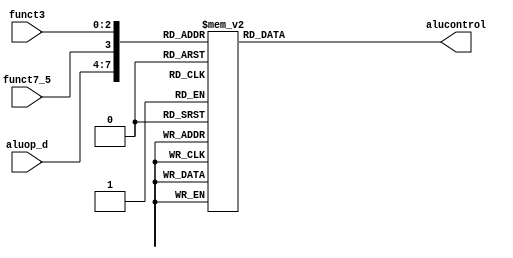
`timescale 1ns / 1ps
//////////////////////////////////////////////////////////////////////////////////
// Company: 
// Engineer: 
// 
// Design Name: 
// Module Name:    ALU_Control 
// Project Name: 
// Target Devices: 
// Tool versions: 
// Description: 
//
// Dependencies: 
//
// Revision: 
// Revision 0.01 - File Created
// Additional Comments: 
//
//////////////////////////////////////////////////////////////////////////////////
module ALU_Control(
	input [3:0] aluop_d, // Opcode resumido
	input funct7_5, // Funct7[5]
	input [2:0] funct3,
	output wire [4:0] alucontrol
	);
	 
	reg [4:0] Y;  // Se crea un registro para guardar el valor de la salida de alucontrol
	assign alucontrol = Y;  // El registro creado se le asigna el valor de alucontrol
	wire [7:0] entradas;  // Se crea nueva variable para concatenar las 3 entradas
	assign entradas[2:0] = funct3;  // Se asignan que bits corresponden a cual entrada
	assign entradas[3] = funct7_5;
	assign entradas[7:4] = aluop_d; 	
	
	always @(entradas)
		begin
			case(entradas)  // Se asigna la salida a cada posible combinacin de las entradas 
				8'b00000010: Y <= 5'b00000; // lw con Funct7[5] = 0 
				8'b00001010: Y <= 5'b00000; // lw con Funct7[5] = 1
				8'b00000100: Y <= 5'b00000; // lbu con Funct7[5] = 0
				8'b00001100: Y <= 5'b00000; // lbu con Funct7[5] = 1
				8'b00100000: Y <= 5'b00000; // addi, li y nop con Funct7[5] = 0 
				8'b00101000: Y <= 5'b00000; // addi, li y nop con Funct7[5] = 1 
				8'b00100001: Y <= 5'b00100; // slli 
				8'b00100100: Y <= 5'b10000; // xori con Funct7[5] = 0
				8'b00101100: Y <= 5'b10000; // xori con Funct7[5] = 1
				8'b00100101: Y <= 5'b10100; // srli 
				8'b00101101: Y <= 5'b10110; // srai 
				8'b00100111: Y <= 5'b11100; // andi con Funct7[5] = 0
				8'b00101111: Y <= 5'b11100; // andi con Funct7[5] = 1
				8'b01000000: Y <= 5'b00000; // sb con Funct7[5] = 0
				8'b01001000: Y <= 5'b00000; // sb con Funct7[5] = 1
				8'b01000010: Y <= 5'b00000; // sw con Funct7[5] = 0
				8'b01001010: Y <= 5'b00000; // sw con Funct7[5] = 1
				8'b01100000: Y <= 5'b00000; // add
				8'b01101000: Y <= 5'b00010; // sub
				8'b11000001: Y <= 5'b10000; // bne con Funct7[5] = 0
				8'b11001001: Y <= 5'b10000; // bne con Funct7[5] = 1
				8'b11010000: Y <= 5'b00000; // jal con Funct7[5] = 0 JAL y LUI se definen nicamente con ALUOp
				8'b11010001: Y <= 5'b00000; // jal con Funct7[5] = 0
				8'b11010010: Y <= 5'b00000; // jal con Funct7[5] = 0
				8'b11010011: Y <= 5'b00000; // jal con Funct7[5] = 0
				8'b11010100: Y <= 5'b00000; // jal con Funct7[5] = 0
				8'b11010101: Y <= 5'b00000; // jal con Funct7[5] = 0
				8'b11010110: Y <= 5'b00000; // jal con Funct7[5] = 0
				8'b11010111: Y <= 5'b00000; // jal con Funct7[5] = 0
				8'b11011000: Y <= 5'b00000; // jal con Funct7[5] = 1
				8'b11011001: Y <= 5'b00000; // jal con Funct7[5] = 1
				8'b11011010: Y <= 5'b00000; // jal con Funct7[5] = 1
				8'b11011011: Y <= 5'b00000; // jal con Funct7[5] = 1
				8'b11011100: Y <= 5'b00000; // jal con Funct7[5] = 1
				8'b11011101: Y <= 5'b00000; // jal con Funct7[5] = 1
				8'b11011110: Y <= 5'b00000; // jal con Funct7[5] = 1
				8'b11011111: Y <= 5'b00000; // jal con Funct7[5] = 1
				8'b01110000: Y <= 5'b11111; // lui con Funct7[5] = 0
				8'b01110001: Y <= 5'b11111; // lui con Funct7[5] = 0
				8'b01110010: Y <= 5'b11111; // lui con Funct7[5] = 0
				8'b01110011: Y <= 5'b11111; // lui con Funct7[5] = 0
				8'b01110100: Y <= 5'b11111; // lui con Funct7[5] = 0
				8'b01110101: Y <= 5'b11111; // lui con Funct7[5] = 0
				8'b01110110: Y <= 5'b11111; // lui con Funct7[5] = 0
				8'b01110111: Y <= 5'b11111; // lui con Funct7[5] = 0
				8'b01111000: Y <= 5'b11111; // lui con Funct7[5] = 1
				8'b01111001: Y <= 5'b11111; // lui con Funct7[5] = 1
				8'b01111010: Y <= 5'b11111; // lui con Funct7[5] = 1
				8'b01111011: Y <= 5'b11111; // lui con Funct7[5] = 1
				8'b01111100: Y <= 5'b11111; // lui con Funct7[5] = 1
				8'b01111101: Y <= 5'b11111; // lui con Funct7[5] = 1
				8'b01111110: Y <= 5'b11111; // lui con Funct7[5] = 1
				8'b01111111: Y <= 5'b11111; // lui con Funct7[5] = 1
				default: Y <= 5'b00000;				
			endcase
		end
endmodule